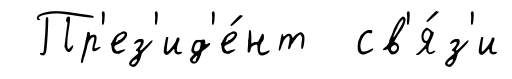
Пр'ез'ид'е́нт св'я́з'и